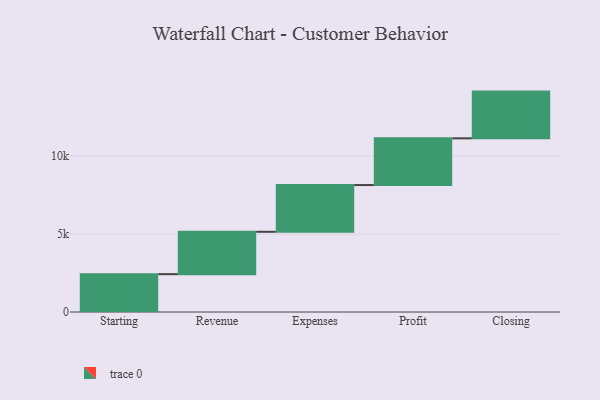
{"axis": {"x": "Step", "y": "Value"}, "legend": [""], "data": [{"x": "Starting", "y": 2430.0, "type": ""}, {"x": "Revenue", "y": 2719.0, "type": ""}, {"x": "Expenses", "y": 3000, "type": ""}, {"x": "Profit", "y": 3000, "type": ""}, {"x": "Closing", "y": 3000, "type": ""}]}